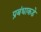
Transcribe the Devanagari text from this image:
प्रबंधाकडे